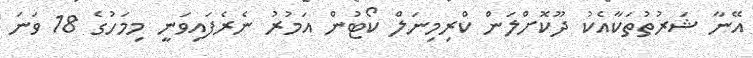
އޭނާ ޝަރުތުތަކާއެކު ދޫކޮށްލަން ކްރިމިނަލް ކޯޓުން އަމުރު ނެރެފައިވަނީ މިމަހުގެ 18 ވަނަ